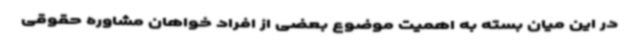
در این میان بسته به اهمیت موضوع بعضی از افراد خواهان مشاوره حقوقی